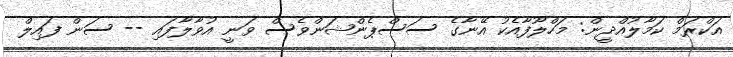
އަކްރަމް ކަމާލުއްދީން: މަހްލޫފާއެކު އޭނާގެ ސަސްޕެންޝަންވެސް ވަނީ އުވާލާފައި -- ސަން ފައިލް